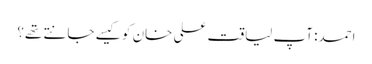
احمد: آپ لیاقت علی خان کو کیسے جانتے تھے؟